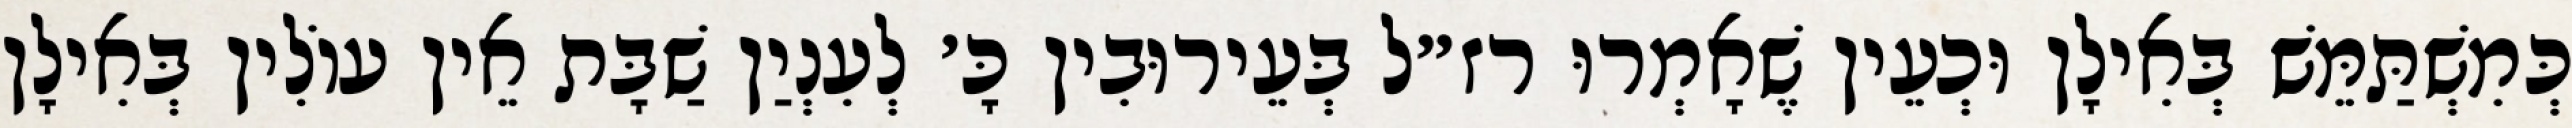
כְּמִשְׁתַּמֵּשׁ בְּאִילָן וּכְעֵין שֶׁאָמְרוּ רז״ל בְּעֵירוּבִין כָּ׳ לְעִנְיַן שַׁבָּת אֵין עוֹלִין בְּאִילָן